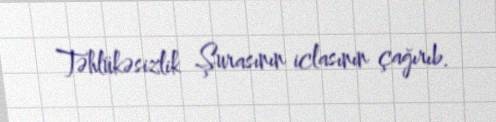
Təhlükəsizlik Şurasının iclasının çağırıb.